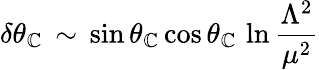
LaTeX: \delta\theta_{\mathbb{C}}\, \sim\, \sin\theta_{\mathbb{C}}\cos\theta_{\mathbb{C}}\, \ln\frac{{\Lambda^{2}}}{{\mu^{2}}}